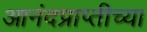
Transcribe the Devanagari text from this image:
आनंदप्राप्तीच्या